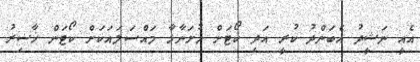
އެއީ ނަޝީދު އެބަންދު ކުރީ އަދި ކޯޯޓަށް ހުށަނާޅާ މައްސަލައަކަށް ކޯޓަން ޚާޟިރު